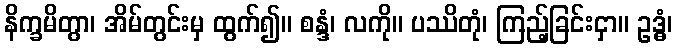
နိက္ခမိတွာ၊ အိမ်တွင်းမှ ထွက်၍။ စန္ဒံ၊ လကို။ ပဿိတုံ၊ ကြည့်ခြင်းငှာ။ ဥဒ္ဓံ၊